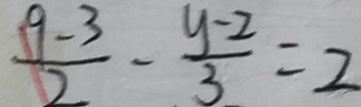
\frac { 9 - 3 } { 2 } - \frac { y - 2 } { 3 } = 2